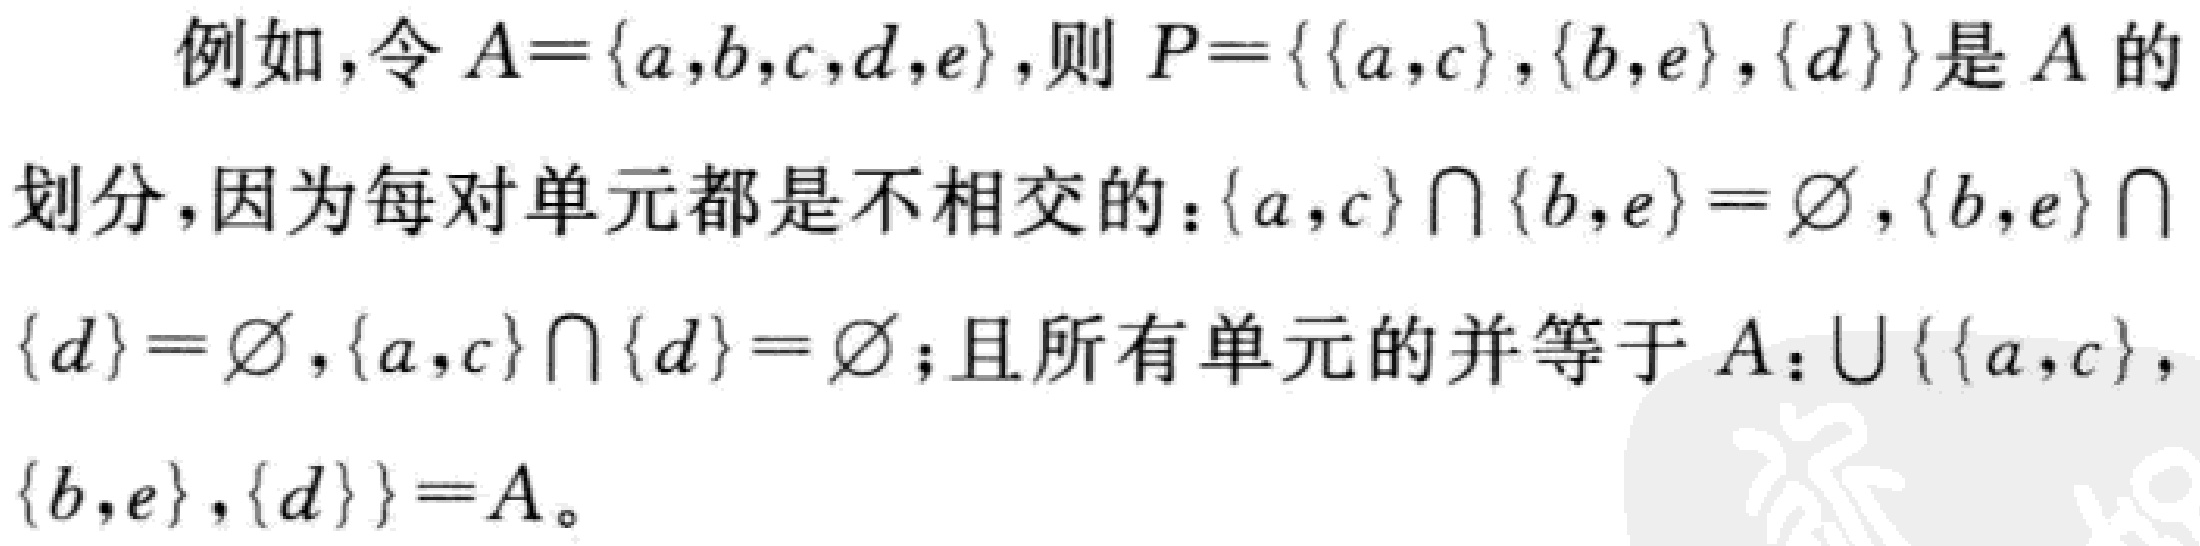
例如，令 \(A = \{a,b,c,d,e\}\)，则 \(P = \{\{a,c\},\{b,e\},\{d\}\}\) 是 \(A\) 的

划分，因为每对单元都是不相交的：\(\{a,c\} \cap \{b,e\} = \varnothing\)，\(\{b,e\} \cap\)

\(\{d\} = \varnothing\)，\(\{a,c\} \cap \{d\} = \varnothing\)；且所有单元的并等于 \(A\)：\(\bigcup \{\{a,c\},\)

\(\{b,e\},\{d\}\} = A\)。